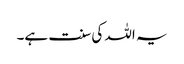
یہ اللہ کی سنت ہے۔